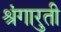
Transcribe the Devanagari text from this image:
श्रुंगारती